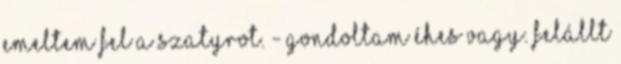
emeltem fel a szatyrot. - Gondoltam éhes vagy. Felállt